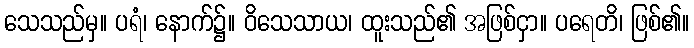
သေသည်မှ။ ပရံ၊ နောက်၌။ ဝိသေသာယ၊ ထူးသည်၏ အဖြစ်ငှာ။ ပရေတိ၊ ဖြစ်၏။